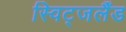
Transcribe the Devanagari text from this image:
स्विट्जर्लैंड